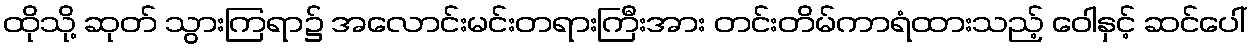
ထိုသို့ ဆုတ် သွားကြရာ၌ အလောင်းမင်းတရားကြီးအား တင်းတိမ်ကာရံထားသည့် ဝေါနှင့် ဆင်ပေါ်